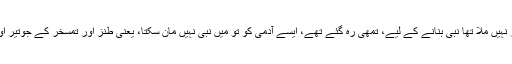
کسی نے کہا کہ اچھا تو اللہ میاں کو کوئی اور نہیں ملا تھا نبی بنانے کے لیے، تمھی رہ گئے تھے، ایسے آدمی کو تو میں نبی نہیں مان سکتا، یعنی طنز اور تمسخر کے جوتیر اور نشانے ہوسکتے تھے، وہ سب لگائے گئے۔